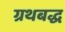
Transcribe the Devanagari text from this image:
ग्रथबद्ध